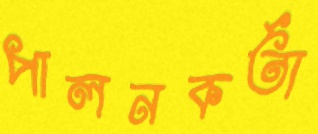
পালনকর্তা